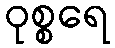
ဝုစ္စရေ